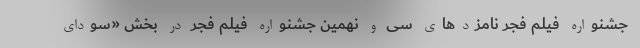
جشنواره فیلم فجر نامزدهای سی و نهمین جشنواره فیلم فجر در بخش «سودای